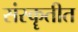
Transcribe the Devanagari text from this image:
संस्कॄतीत